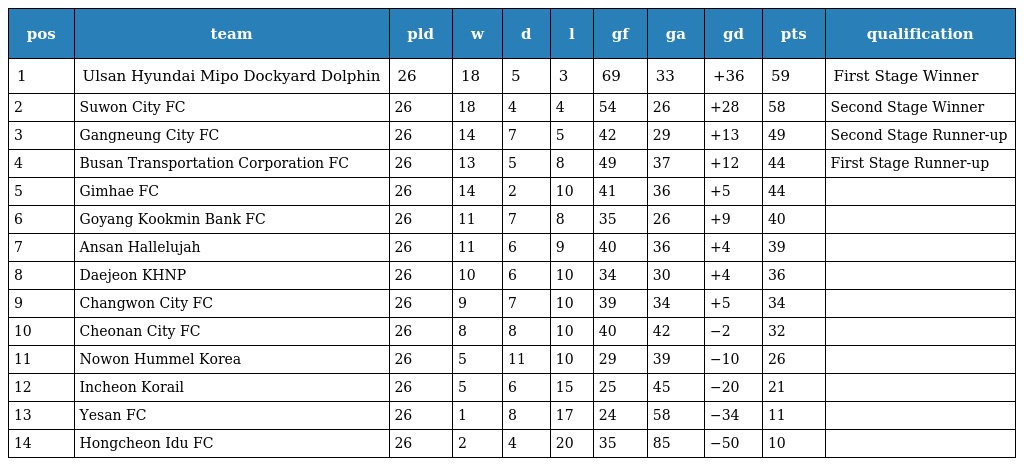
| pos | team | pld | w | d | l | gf | ga | gd | pts | qualification |
 | --- | --- | --- | --- | --- | --- | --- | --- | --- | --- | --- |
 | 1 | Ulsan Hyundai Mipo Dockyard Dolphin | 26 | 18 | 5 | 3 | 69 | 33 | +36 | 59 | First Stage Winner |
 | 2 | Suwon City FC | 26 | 18 | 4 | 4 | 54 | 26 | +28 | 58 | Second Stage Winner |
 | 3 | Gangneung City FC | 26 | 14 | 7 | 5 | 42 | 29 | +13 | 49 | Second Stage Runner-up |
 | 4 | Busan Transportation Corporation FC | 26 | 13 | 5 | 8 | 49 | 37 | +12 | 44 | First Stage Runner-up |
 | 5 | Gimhae FC | 26 | 14 | 2 | 10 | 41 | 36 | +5 | 44 |  |
 | 6 | Goyang Kookmin Bank FC | 26 | 11 | 7 | 8 | 35 | 26 | +9 | 40 |  |
 | 7 | Ansan Hallelujah | 26 | 11 | 6 | 9 | 40 | 36 | +4 | 39 |  |
 | 8 | Daejeon KHNP | 26 | 10 | 6 | 10 | 34 | 30 | +4 | 36 |  |
 | 9 | Changwon City FC | 26 | 9 | 7 | 10 | 39 | 34 | +5 | 34 |  |
 | 10 | Cheonan City FC | 26 | 8 | 8 | 10 | 40 | 42 | −2 | 32 |  |
 | 11 | Nowon Hummel Korea | 26 | 5 | 11 | 10 | 29 | 39 | −10 | 26 |  |
 | 12 | Incheon Korail | 26 | 5 | 6 | 15 | 25 | 45 | −20 | 21 |  |
 | 13 | Yesan FC | 26 | 1 | 8 | 17 | 24 | 58 | −34 | 11 |  |
 | 14 | Hongcheon Idu FC | 26 | 2 | 4 | 20 | 35 | 85 | −50 | 10 |  |